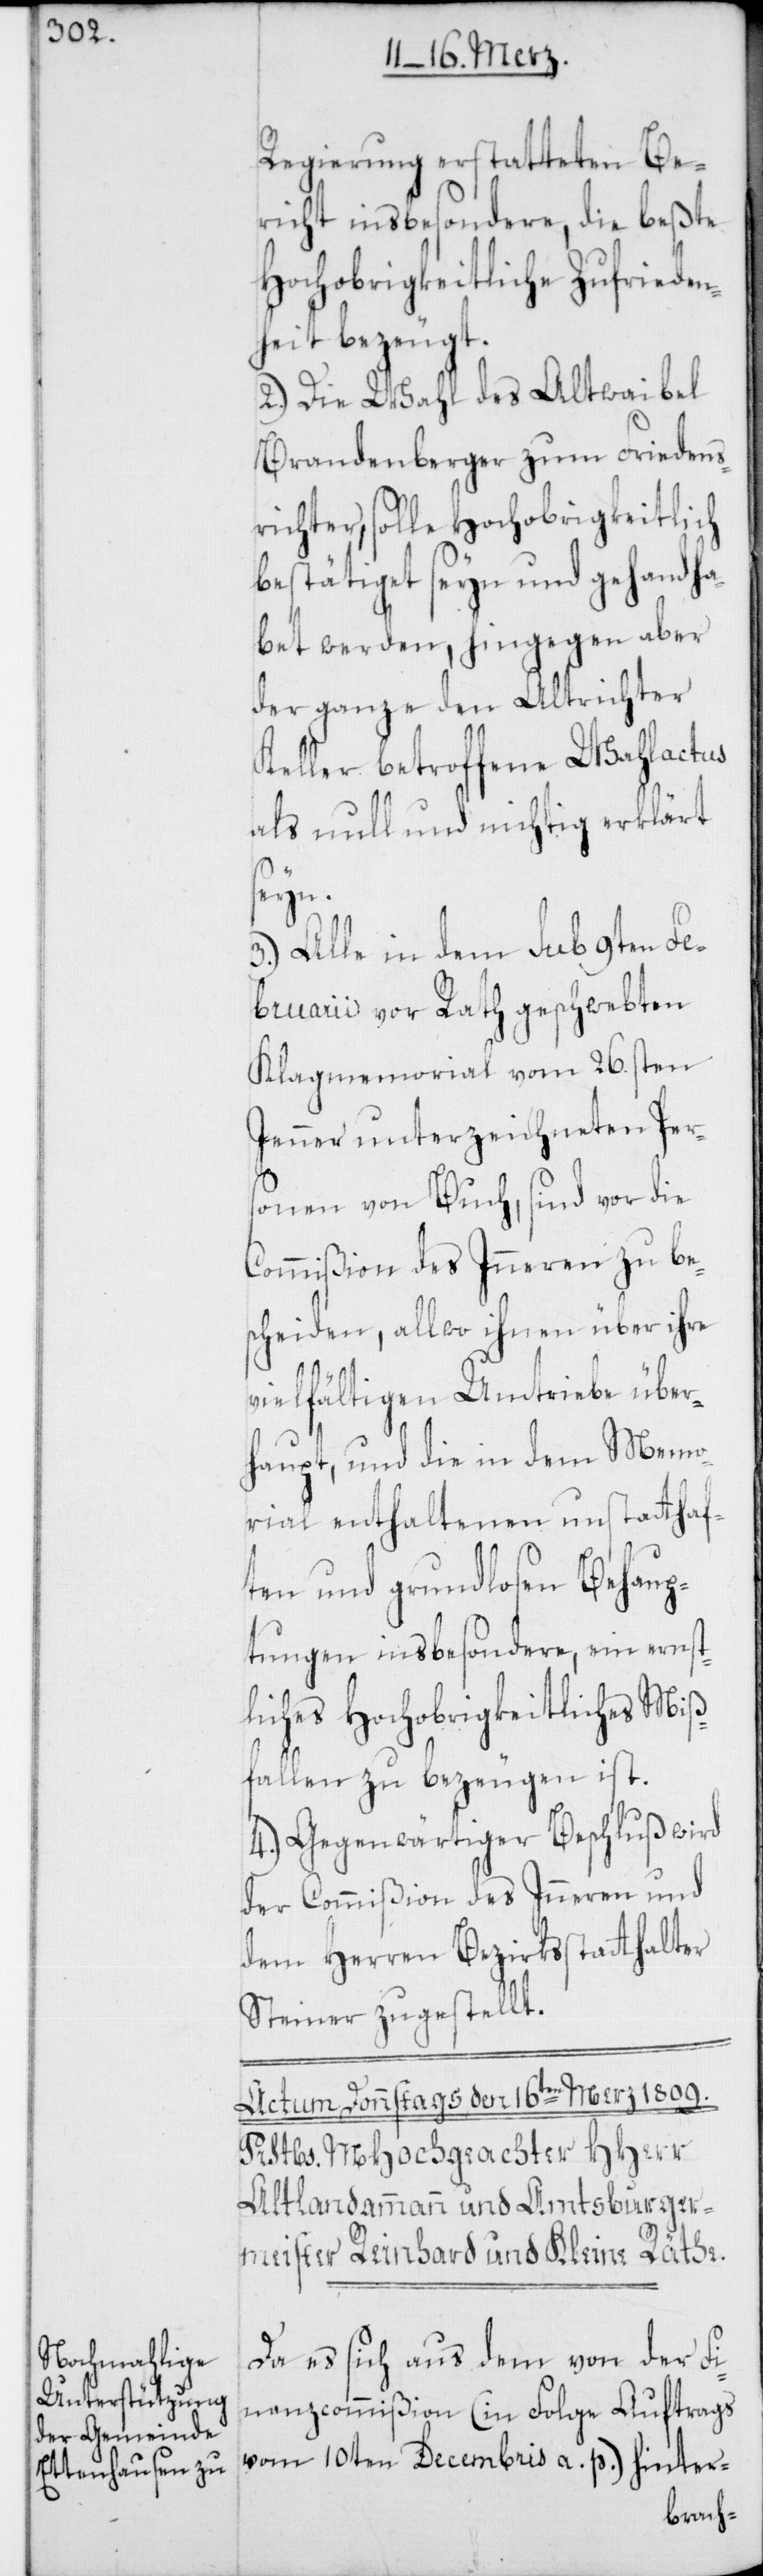
Regierung erstatteten Be¬
richt insbesondere, die beßte
Hochobrigkeitliche Zufrieden¬
heit bezeugt.
2.) Die Wahl des Altwaibel
Brandenberger zum Friedens¬
richter solle Hochobrigkeitlich
bestätiget sein und gehandha¬
bet werden, hingegen aber
der ganze den alt Richter
Keller betroffene Wahlactus
als null und nichtig erklärt
seyn.
3.) Alle in dem sub 9ten Fe¬
bruarii vor Rath geschwebten
Klagmemorial vom 26sten
Jenner unterzeichneten Per¬
sonen von Buch, sind vor die
Commißion des Inneren zu be¬
scheiden, allwo ihnen über ihre
vielfältigen Umtriebe über¬
haupt, und die in dem Memo¬
rial enthaltenen unstatthaf¬
ten und grundlosen Behaup¬
tungen insbesondere, ein ernst¬
liches Hochobrigkeitliches Miß¬
fallen zu bezeugen ist.
4.) Gegenwärtiger Beschluß wird
der Commißion des Inneren und
dem Herren Bezirksstatthalter
Steiner zugestellt.
Da es sich aus dem von der Fi¬
nanzcommißion (in Folge Auftrags
vom 10ten Decembris a. p.) hinter-